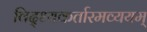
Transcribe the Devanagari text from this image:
विद्ध्यकर्तारमव्ययम्‌